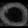
Digit: ၀